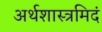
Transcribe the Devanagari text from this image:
अर्थशास्त्रमिदं